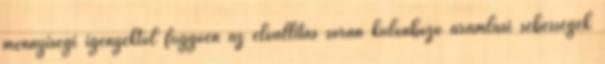
mennyiségi igényektől függően az előállítás során különböző áramlási sebességek